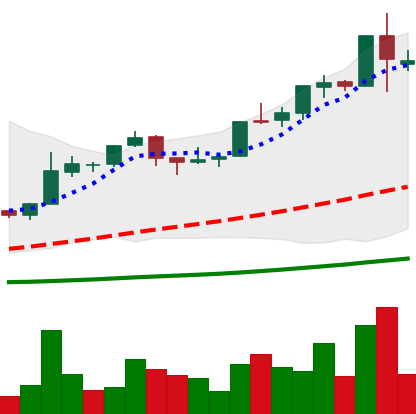
Ticker: BTC-USD
Chart end date: 2015-12-13
Forward return: 6.884%
Label: up_5_7